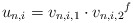
\begin{align*}u_{n,i}= v_{n, i,1} \cdot {v_{n,i,2}}^{f}\end{align*}